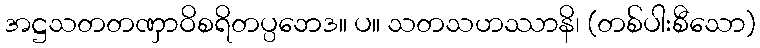
အဋ္ဌသတတဏှာဝိစရိတပ္ပဘေဒ။ ပ။ သတသဟဿာနိ၊ (တစ်ပါးစီသော)